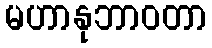
မဟာနုဘာဝတာ